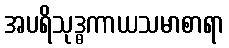
အပရိသုဒ္ဓကာယသမာစာရာ